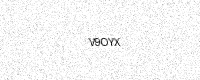
Text: V9OYX